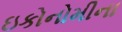
ઇકોનોમીના